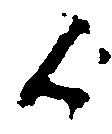
候